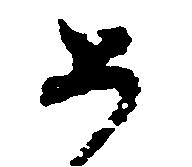
如